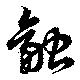
融